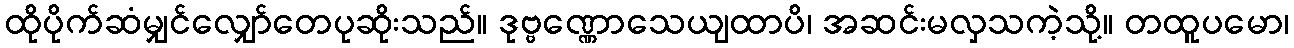
ထိုပိုက်ဆံမျှင်လျှော်တေပုဆိုးသည်။ ဒုဗ္ဗဏ္ဏောသေယျထာပိ၊ အဆင်းမလှသကဲ့သို့။ တထူပမော၊